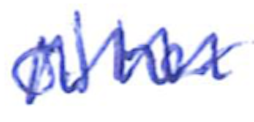
Text: other
Cross-out: zig-zag
Writing tool: ballpoint